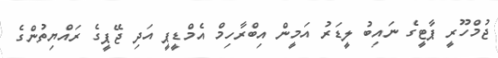
ޖުމްހޫރީ ޕާޓީގެ ނައިބު ލީޑަރު އަމީން އިބްރާހިމް އެމްޑީޕީ އަދި ޖޭޕީގެ ރައްޔިތުންގެ